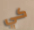
كي